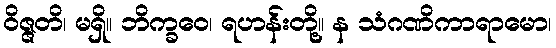
ဝိဇ္ဇတိ၊ မရှိ။ ဘိက္ခဝေ၊ ရဟန်းတို့။ န သံဂဏိကာရာမော၊